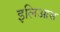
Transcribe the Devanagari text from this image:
इलिआस